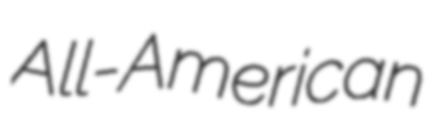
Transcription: All-American